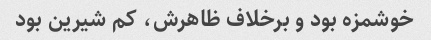
خوشمزه بود و برخلاف ظاهرش، کم شیرین بود